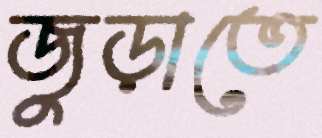
জুড়াতে